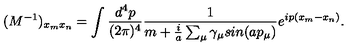
( M ^ { - 1 } ) _ { x _ { m } x _ { n } } = \int \frac { d ^ { 4 } p } { ( 2 { \pi } ) ^ { 4 } } \frac { 1 } { m + \frac { i } { a } \sum _ { \mu } { \gamma } _ { \mu } s i n ( a p _ { \mu } ) } e ^ { i p ( x _ { m } - x _ { n } ) } .